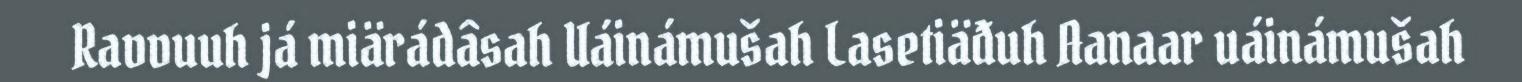
Ravvuuh já miärádâsah Uáinámušah Lasetiäđuh Aanaar uáinámušah